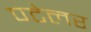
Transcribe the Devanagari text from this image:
पटेलर